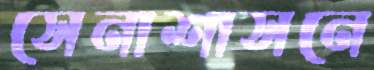
সেনাশাসনে